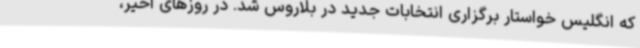
که انگلیس خواستار برگزاری انتخابات جدید در بلاروس شد. در روزهای اخیر،